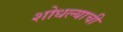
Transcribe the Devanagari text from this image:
शोधल्याची